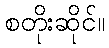
စတိုးဆိုင်။